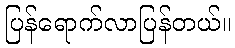
ပြန်ရောက်လာပြန်တယ်။